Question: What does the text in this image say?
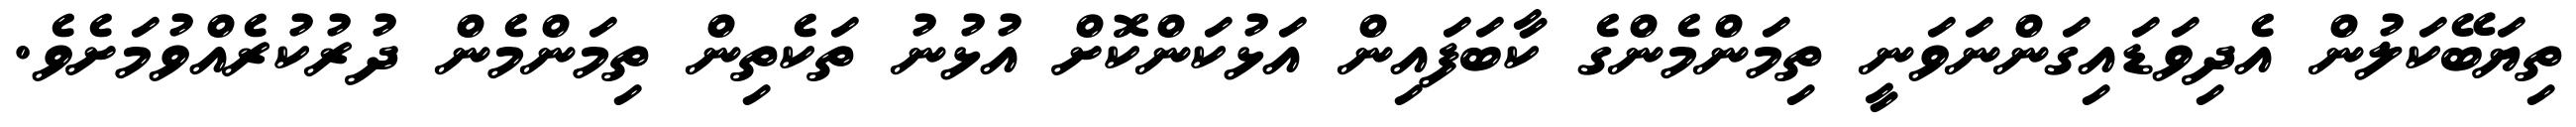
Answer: ތިޔަބޭކަލުން އެދިވަޑައިގަންނަވަނީ ތިމަންމެންގެ ކާބަފައިން އަޅުކަންކޮށް އުޅުނު ތަކެތިން ތިމަންމެން ދުރުކުރެއްވުމަށެވެ.